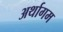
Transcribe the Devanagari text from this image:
अर्थागम